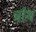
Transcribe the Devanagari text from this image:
चोथ